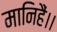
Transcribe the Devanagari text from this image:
मानिहैं।।